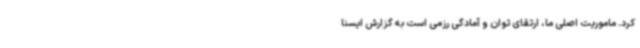
کرد. ماموریت اصلی ما، ارتقای توان و آمادگی رزمی است به گزارش ایسنا